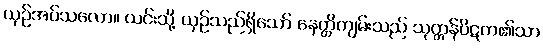
ယှဉ်အပ်သလော။ ယင်းသို့ ယှဉ်သည်ရှိသော် နေတ္တိကျမ်းသည် သုတ္တန်ပိဋက၏သာ